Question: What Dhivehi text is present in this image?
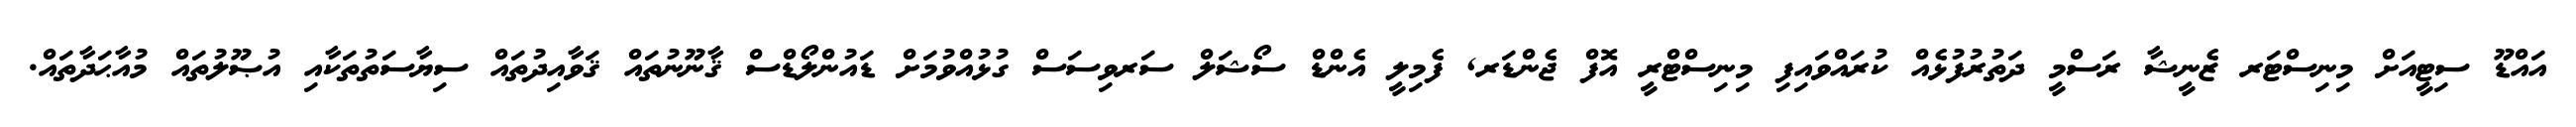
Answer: އައްޑޫ ސިޓީއަށް މިނިސްޓަރ ޒެނީޝާ ރަސްމީ ދަތުރުފުޅެއް ކުރައްވައިފި މިނިސްޓްރީ އޮފް ޖެންޑަރ, ފެމިލީ އެންޑް ސޯޝަލް ސަރވިސަސް ގުޅުއްވުމަށް ޑައުންލޯޑްސް ޤާނޫނުތައް ޤަވާއިދުތައް ސިޔާސަތުތަކާއި އުޞޫލުތައް މުއާޙަދާތައް.